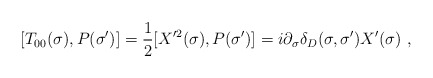
\begin{align*}[T_{00}(\sigma),P(\sigma')]=\frac{1}{2}[X'^2(\sigma),P(\sigma')]=i\partial_{\sigma}\delta_D (\sigma,\sigma')X'(\sigma) \ ,\end{align*}